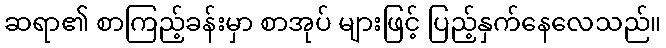
ဆရာ၏ စာကြည့်ခန်းမှာ စာအုပ် များဖြင့် ပြည့်နှက်နေလေသည်။